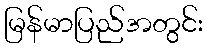
မြန်မာပြည်အတွင်း